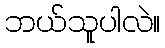
ဘယ်သူပါလဲ။